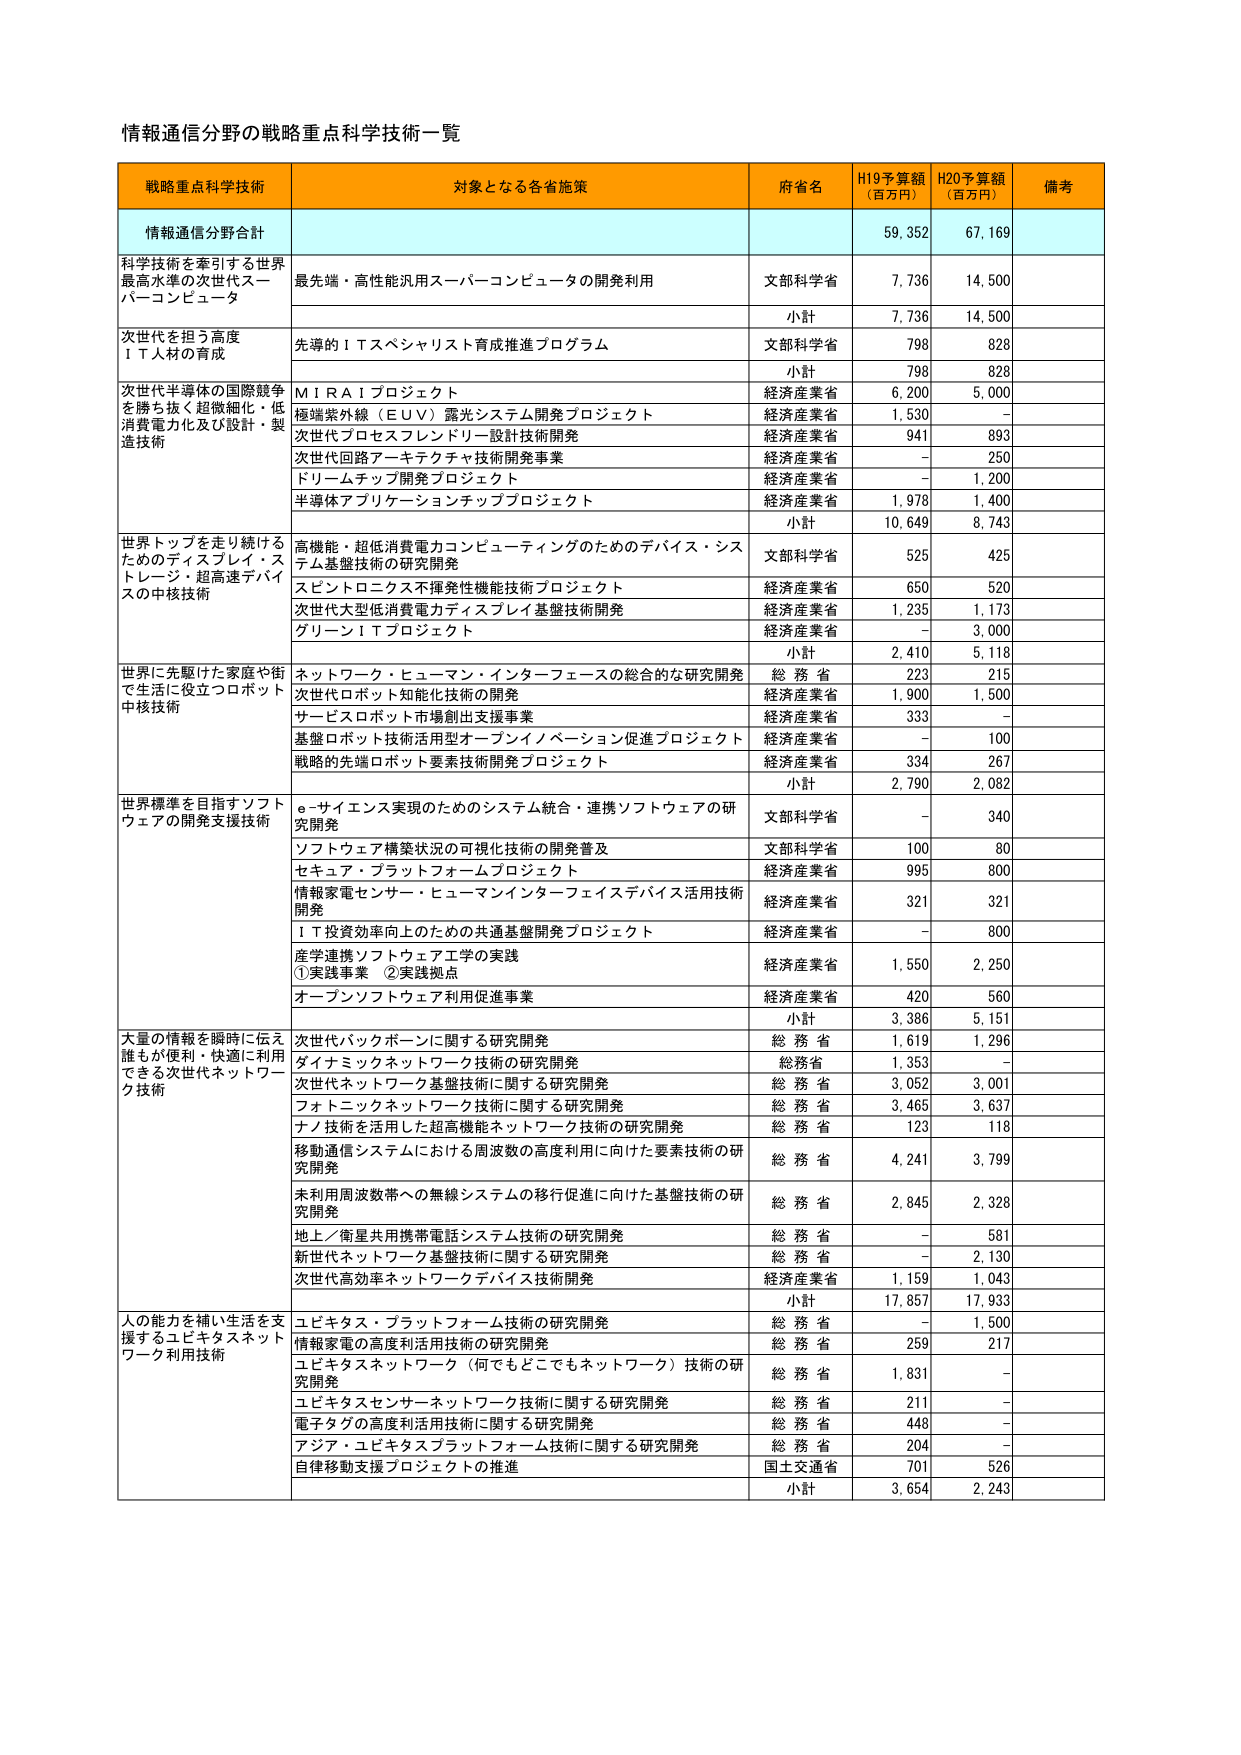
情報通信分野の戦略重点科学技術一覧

戦略重点科学技術 対象となる各省施策 府省名 H19予算額（百万円） H20予算額（百万円） 備考
情報通信分野合計 59,352 67,169
科学技術を牽引する世界最高水準の次世代スーパーコンピュータ 最先端・高性能汎用スーパーコンピュータの開発利用 文部科学省 7,736 14,500
小計 7,736 14,500
次世代を担う高度ＩＴ人材の育成 先導的ＩＴスペシャリスト育成推進プログラム 文部科学省 798 828
小計 798 828
次世代半導体の国際競争を勝ち抜く超微細化・低消費電力化及び設計・製造技術 ＭＩＲＡＩプロジェクト 経済産業省 6,200 5,000
極端紫外線（ＥＵＶ）露光システム開発プロジェクト 経済産業省 1,530 －
次世代プロセスフレンドリー設計技術開発 経済産業省 941 893
次世代回路アーキテクチャ技術開発事業 経済産業省 － 250
ドリームチップ開発プロジェクト 経済産業省 － 1,200
半導体アプリケーションチッププロジェクト 経済産業省 1,978 1,400
小計 10,649 8,743
世界トップを走り続けるためのディスプレイ・ストレージ・超高速デバイスの中核技術 高機能・超低消費電力コンピューティングのためのデバイス・システム基盤技術の研究開発 文部科学省 525 425
スピントロニクス不揮発性機能技術プロジェクト 経済産業省 650 520
次世代大型低消費電力ディスプレイ基盤技術開発 経済産業省 1,235 1,173
グリーンＩＴプロジェクト 経済産業省 － 3,000
小計 2,410 5,118
世界に先駆けた家庭や街で生活に役立つロボット中核技術 ネットワーク・ヒューマン・インターフェースの総合的な研究開発 総務省 223 215
次世代ロボット知能化技術の開発 経済産業省 1,900 1,500
サービスロボット市場創出支援事業 経済産業省 333 －
基盤ロボット技術活用型オープンイノベーション促進プロジェクト 経済産業省 － 100
戦略的先端ロボット要素技術開発プロジェクト 経済産業省 334 267
小計 2,790 2,082
世界標準を目指すソフトウェアの開発支援技術 e-サイエンス実現のためのシステム統合・連携ソフトウェアの研究開発 文部科学省 － 340
ソフトウェア構築状況の可視化技術の開発普及 文部科学省 100 80
セキュア・プラットフォームプロジェクト 経済産業省 995 800
情報家電センサー・ヒューマンインターフェイスデバイス活用技術開発 経済産業省 321 321
ＩＴ投資効率向上のための共通基盤開発プロジェクト 経済産業省 － 800
産学連携ソフトウェア工学の実践 ①実践事業 ②実践拠点 経済産業省 1,550 2,250
オープンソフトウェア利用促進事業 経済産業省 420 560
小計 3,386 5,151
大量の情報を瞬時に伝え誰もが便利・快適に利用できる次世代ネットワーク技術 次世代バックボーンに関する研究開発 総務省 1,619 1,296
ダイナミックネットワーク技術の研究開発 総務省 1,353 －
次世代ネットワーク基盤技術に関する研究開発 総務省 3,052 3,001
フォトニックネットワーク技術に関する研究開発 総務省 3,465 3,637
ナノ技術を活用した超高機能ネットワーク技術の研究開発 総務省 123 118
移動通信システムにおける周波数の高度利用に向けた要素技術の研究開発 総務省 4,241 3,799
未利用周波数帯への無線システムの移行促進に向けた基盤技術の研究開発 総務省 2,845 2,328
地上／衛星共用携帯電話システム技術の研究開発 総務省 － 581
新世代ネットワーク基盤技術に関する研究開発 総務省 － 2,130
次世代高効率ネットワークデバイス技術開発 経済産業省 1,159 1,043
小計 17,857 17,933
人の能力を補い生活を支援するユビキタスネットワーク利用技術 ユビキタス・プラットフォーム技術の研究開発 総務省 － 1,500
情報家電の高度利用技術の研究開発 総務省 259 217
ユビキタスネットワーク（何でもどこでもネットワーク）技術の研究開発 総務省 1,831 －
ユビキタスセンサーネットワーク技術に関する研究開発 総務省 211 －
電子タグの高度利用技術に関する研究開発 総務省 448 －
アジア・ユビキタスプラットフォーム技術に関する研究開発 総務省 204 －
自律移動支援プロジェクトの推進 国土交通省 701 526
小計 3,654 2,243